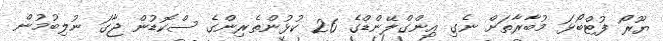
ޔޫރޯ ފުޓްބޯޅަ މުބާރާތަށް ނެގި އިންގްލޭންޑްގެ 26 ކުޅުންތެރިންގެ ސްކޮޑުން ޖާގަ ނުލިބުމުން